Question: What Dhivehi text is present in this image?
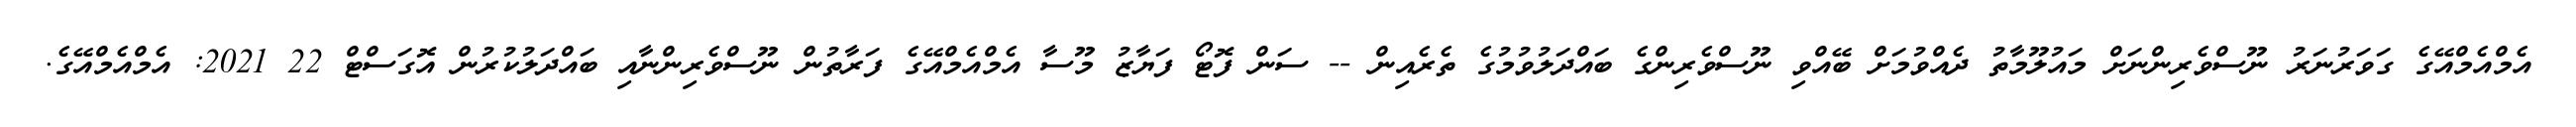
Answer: އެމްއެމްއޭގެ ގަވަރުނަރު ނޫސްވެރިންނަށް މައުލޫމާތު ދެއްވުމަށް ބޭއްވި ނޫސްވެރިންގެ ބައްދަލުވުމުގެ ތެރެއިން -- ސަން ފޮޓޯ ފަޔާޒު މޫސާ އެމްއެމްއޭގެ ފަރާތުން ނޫސްވެރިންނާއި ބައްދަލުކުރުން އޮގަސްޓް 22 2021: އެމްއެމްއޭގެ.